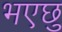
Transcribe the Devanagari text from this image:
भएछु